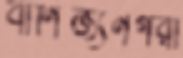
বাণিজ্যনগরী